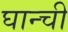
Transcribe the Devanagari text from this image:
घान्ची